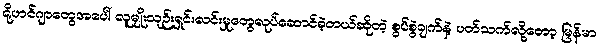
ရိုဟင်ဂျာတွေအပေါ် လူမျိုးသုဉ်းရှင်းလင်းမှုတွေလုပ်ဆောင်ခဲ့တယ်ဆိုတဲ့ စွပ်စွဲချက်နဲ့ ပတ်သက်လို့တော့ မြန်မာ